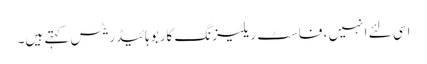
اسی لئے انہیں ، فاسٹ ریلیزنگ کاربوہائیڈریٹس کہتے ہیں۔